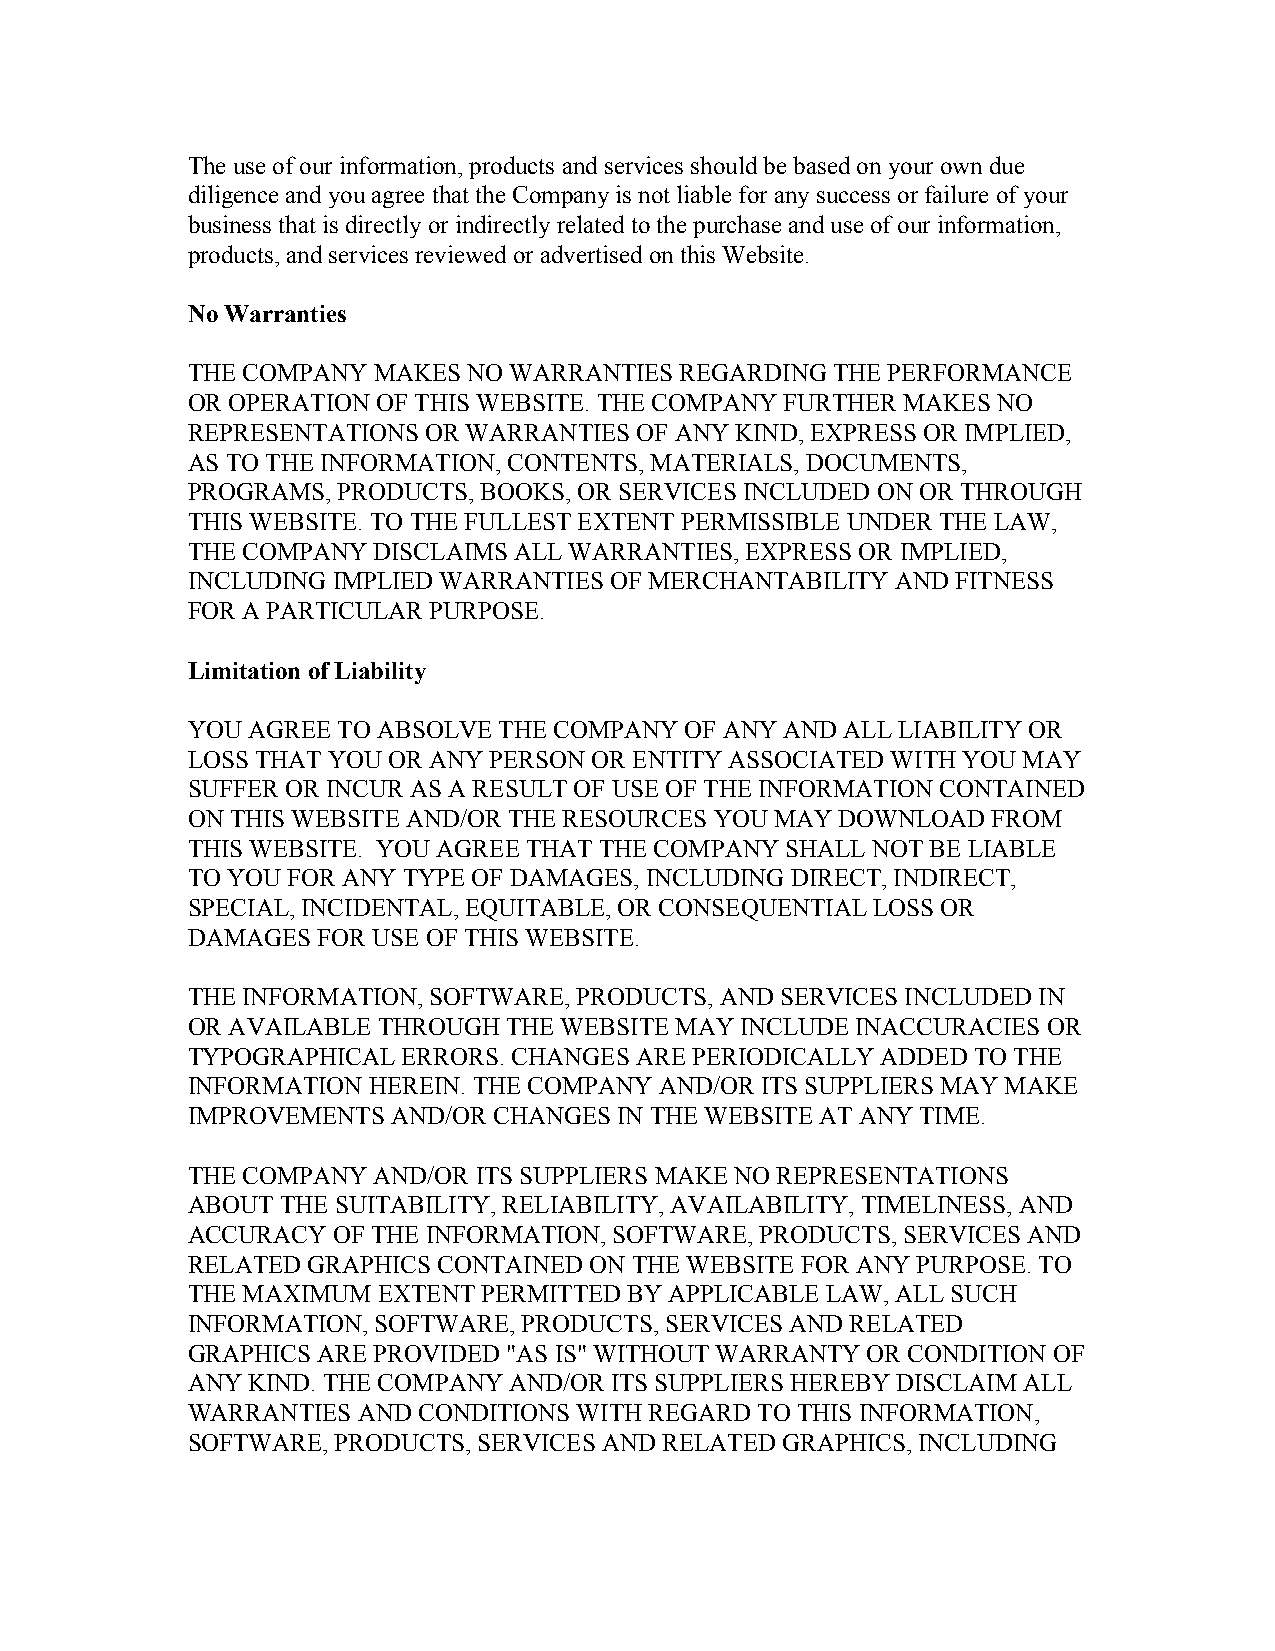
The use of our information, products and services should be based on your own due
 diligence and you agree that the Company is not liable for any success or failure of your
 business that is directly or indirectly related to the purchase and use of our information,
 products, and services reviewed or advertised on this Website.
 No Warranties
 THE COMPANY  MAKES NO WARRANTIES REGARDING THE PERFORMANCE
 OR OPERATION OF THIS WEBSITE. THE COMPANY FURTHER MAKES NO
 REPRESENTATIONS OR WARRANTIES OF ANY KIND, EXPRESS OR IMPLIED,
 AS TO THE INFORMATION, CONTENTS, MATERIALS, DOCUMENTS,
 PROGRAMS, PRODUCTS, BOOKS, OR SERVICES INCLUDED ON OR THROUGH
 THIS WEBSITE. TO THE FULLEST EXTENT PERMISSIBLE UNDER THE LAW,
 THE COMPANY  DISCLAIMS ALL WARRANTIES, EXPRESS OR IMPLIED,
 INCLUDING IMPLIED WARRANTIES OF MERCHANTABILITY AND FITNESS
 FOR A PARTICULAR PURPOSE.
 ​
 Limitation of Liability
 YOU AGREE TO ABSOLVE THE COMPANY OF ANY AND ALL LIABILITY OR
 LOSS THAT YOU OR ANY PERSON OR ENTITY ASSOCIATED WITH YOU MAY
 SUFFER OR INCUR AS A RESULT OF USE OF THE INFORMATION CONTAINED
 ON THIS WEBSITE AND/OR THE RESOURCES YOU MAY DOWNLOAD FROM
 THIS WEBSITE. YOU AGREE THAT THE COMPANY SHALL NOT BE LIABLE
 TO YOU FOR ANY TYPE OF DAMAGES, INCLUDING DIRECT, INDIRECT,
 SPECIAL, INCIDENTAL, EQUITABLE, OR CONSEQUENTIAL LOSS OR
 DAMAGES  FOR USE OF THIS WEBSITE.
 THE INFORMATION, SOFTWARE, PRODUCTS, AND SERVICES INCLUDED IN
 OR AVAILABLE THROUGH  THE WEBSITE MAY INCLUDE INACCURACIES OR
 TYPOGRAPHICAL  ERRORS. CHANGES ARE PERIODICALLY ADDED TO THE
 INFORMATION HEREIN. THE COMPANY AND/OR ITS SUPPLIERS MAY MAKE
 IMPROVEMENTS  AND/OR CHANGES IN THE WEBSITE AT ANY TIME.
 THE COMPANY  AND/OR ITS SUPPLIERS MAKE NO REPRESENTATIONS
 ABOUT  THE SUITABILITY, RELIABILITY, AVAILABILITY, TIMELINESS, AND
 ACCURACY  OF THE INFORMATION, SOFTWARE, PRODUCTS, SERVICES AND
 RELATED GRAPHICS CONTAINED ON THE WEBSITE FOR ANY PURPOSE. TO
 THE MAXIMUM  EXTENT PERMITTED BY APPLICABLE LAW, ALL SUCH
 INFORMATION, SOFTWARE, PRODUCTS, SERVICES AND RELATED
 GRAPHICS ARE PROVIDED "AS IS" WITHOUT WARRANTY OR CONDITION OF
 ANY KIND. THE COMPANY AND/OR ITS SUPPLIERS HEREBY DISCLAIM ALL
 WARRANTIES  AND CONDITIONS WITH REGARD TO THIS INFORMATION,
 SOFTWARE, PRODUCTS, SERVICES AND RELATED GRAPHICS, INCLUDING